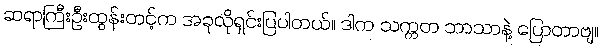
ဆရာကြီးဦးထွန်းတင့်က အခုလိုရှင်းပြပါတယ်။ ဒါက သက္ကတ ဘာသာနဲ့ ပြောတာဗျ။